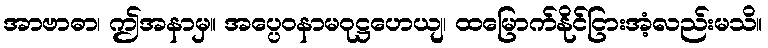
အာဗာဓာ၊ ဤအနာမှ။ အပ္ပေဝနာမဝုဋ္ဌဟေယျ၊ ထမြောက်နိုင်ငြားအံ့လည်းမသိ။